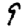
Digit: 9